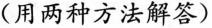
（用两种方法解答）